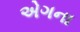
એગના